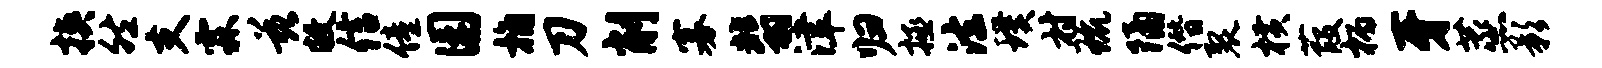
挟然支霖兹敝信僮园桷刀削寡翡津归拯法璞村琉隔僭裂横葭柄牙蒸影